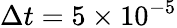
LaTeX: \Delta t=5\times 10^{-5}